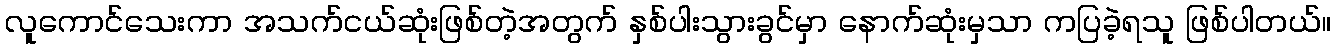
လူကောင်သေးကာ အသက်ငယ်ဆုံးဖြစ်တဲ့အတွက် နှစ်ပါးသွားခွင်မှာ နောက်ဆုံးမှသာ ကပြခဲ့ရသူ ဖြစ်ပါတယ်။